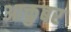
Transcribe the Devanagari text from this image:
आक्तुबर